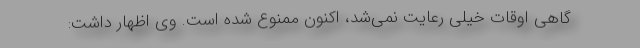
گاهی اوقات خیلی رعایت نمی‌شد، اکنون ممنوع شده است. وی اظهار داشت: